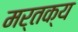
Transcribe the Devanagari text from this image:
मर्तक्य